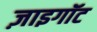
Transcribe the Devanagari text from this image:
ज़ाइगॉट